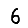
Digit: 6